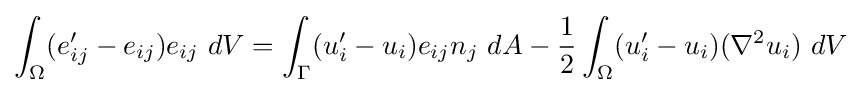
\int _{\Omega }(e_{ij}'-e_{ij})e_{ij}\ dV=\int _{\Gamma }(u_{i}'-u_{i})e_{ij}n_{j}\ dA-{\frac {1}{2}}\int _{\Omega }(u_{i}'-u_{i})(\nabla ^{2}u_{i})\ dV